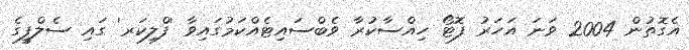
އެގޮތުން 2004 ވަނަ އަހަރު ފޮޓޯ ހިއްސާކުރާ ވެބްސައިޓެއްކަމުގައިވާ 'ފްލިކަރ' ގައި ސެލްފީގެ